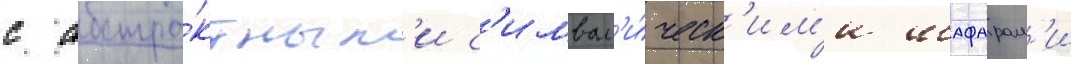
с абстра́ктным'и с'имвол'и́ческ'им'и шафарам'и